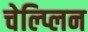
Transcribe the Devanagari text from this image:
चेल्प्लिन